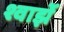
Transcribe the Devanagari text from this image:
श्वार्झे